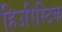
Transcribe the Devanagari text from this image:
हिउरिस्टिक